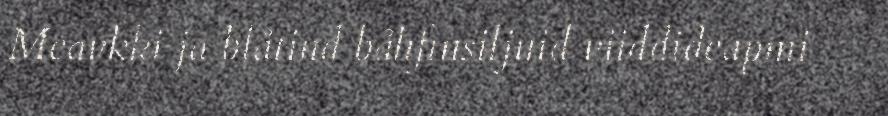
Meavkki ja blåtind båhfinsiljuid viiddideapmi